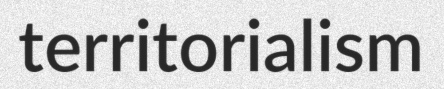
territorialism